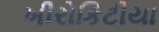
ખીરોકિટીયા